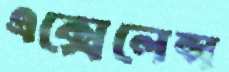
এক্সেলেন্স